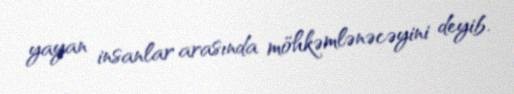
yayan insanlar arasında möhkəmlənəcəyini deyib.